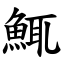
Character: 鮿